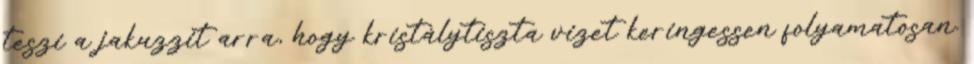
teszi a jakuzzit arra, hogy kristálytiszta vizet keringessen folyamatosan.